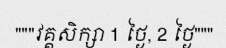
"""វគ្គសិក្សា 1 ថ្ងៃ, 2 ថ្ងៃ"""